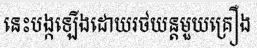
នេះបង្កឡើងដោយរថយន្តមួយគ្រឿង